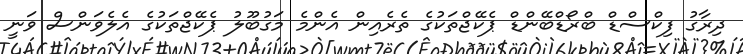
ދިރާގު ފިކްސްޑް ބްރޯޑްބޭންޑް ޕެކޭޖްތަކުގެ ތެރެއިން އެންމެ މަގުބޫލު ޕެކޭޖްތަކުގެ އެލެވަންސް ވަނީ